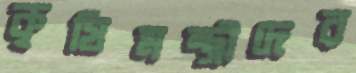
কৃষিমন্ত্রীদের